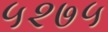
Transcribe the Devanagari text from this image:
५२७५